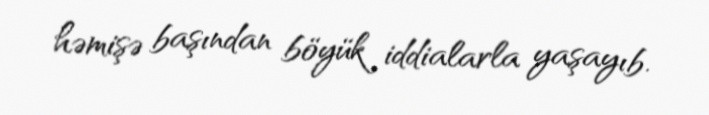
həmişə başından böyük iddialarla yaşayıb.